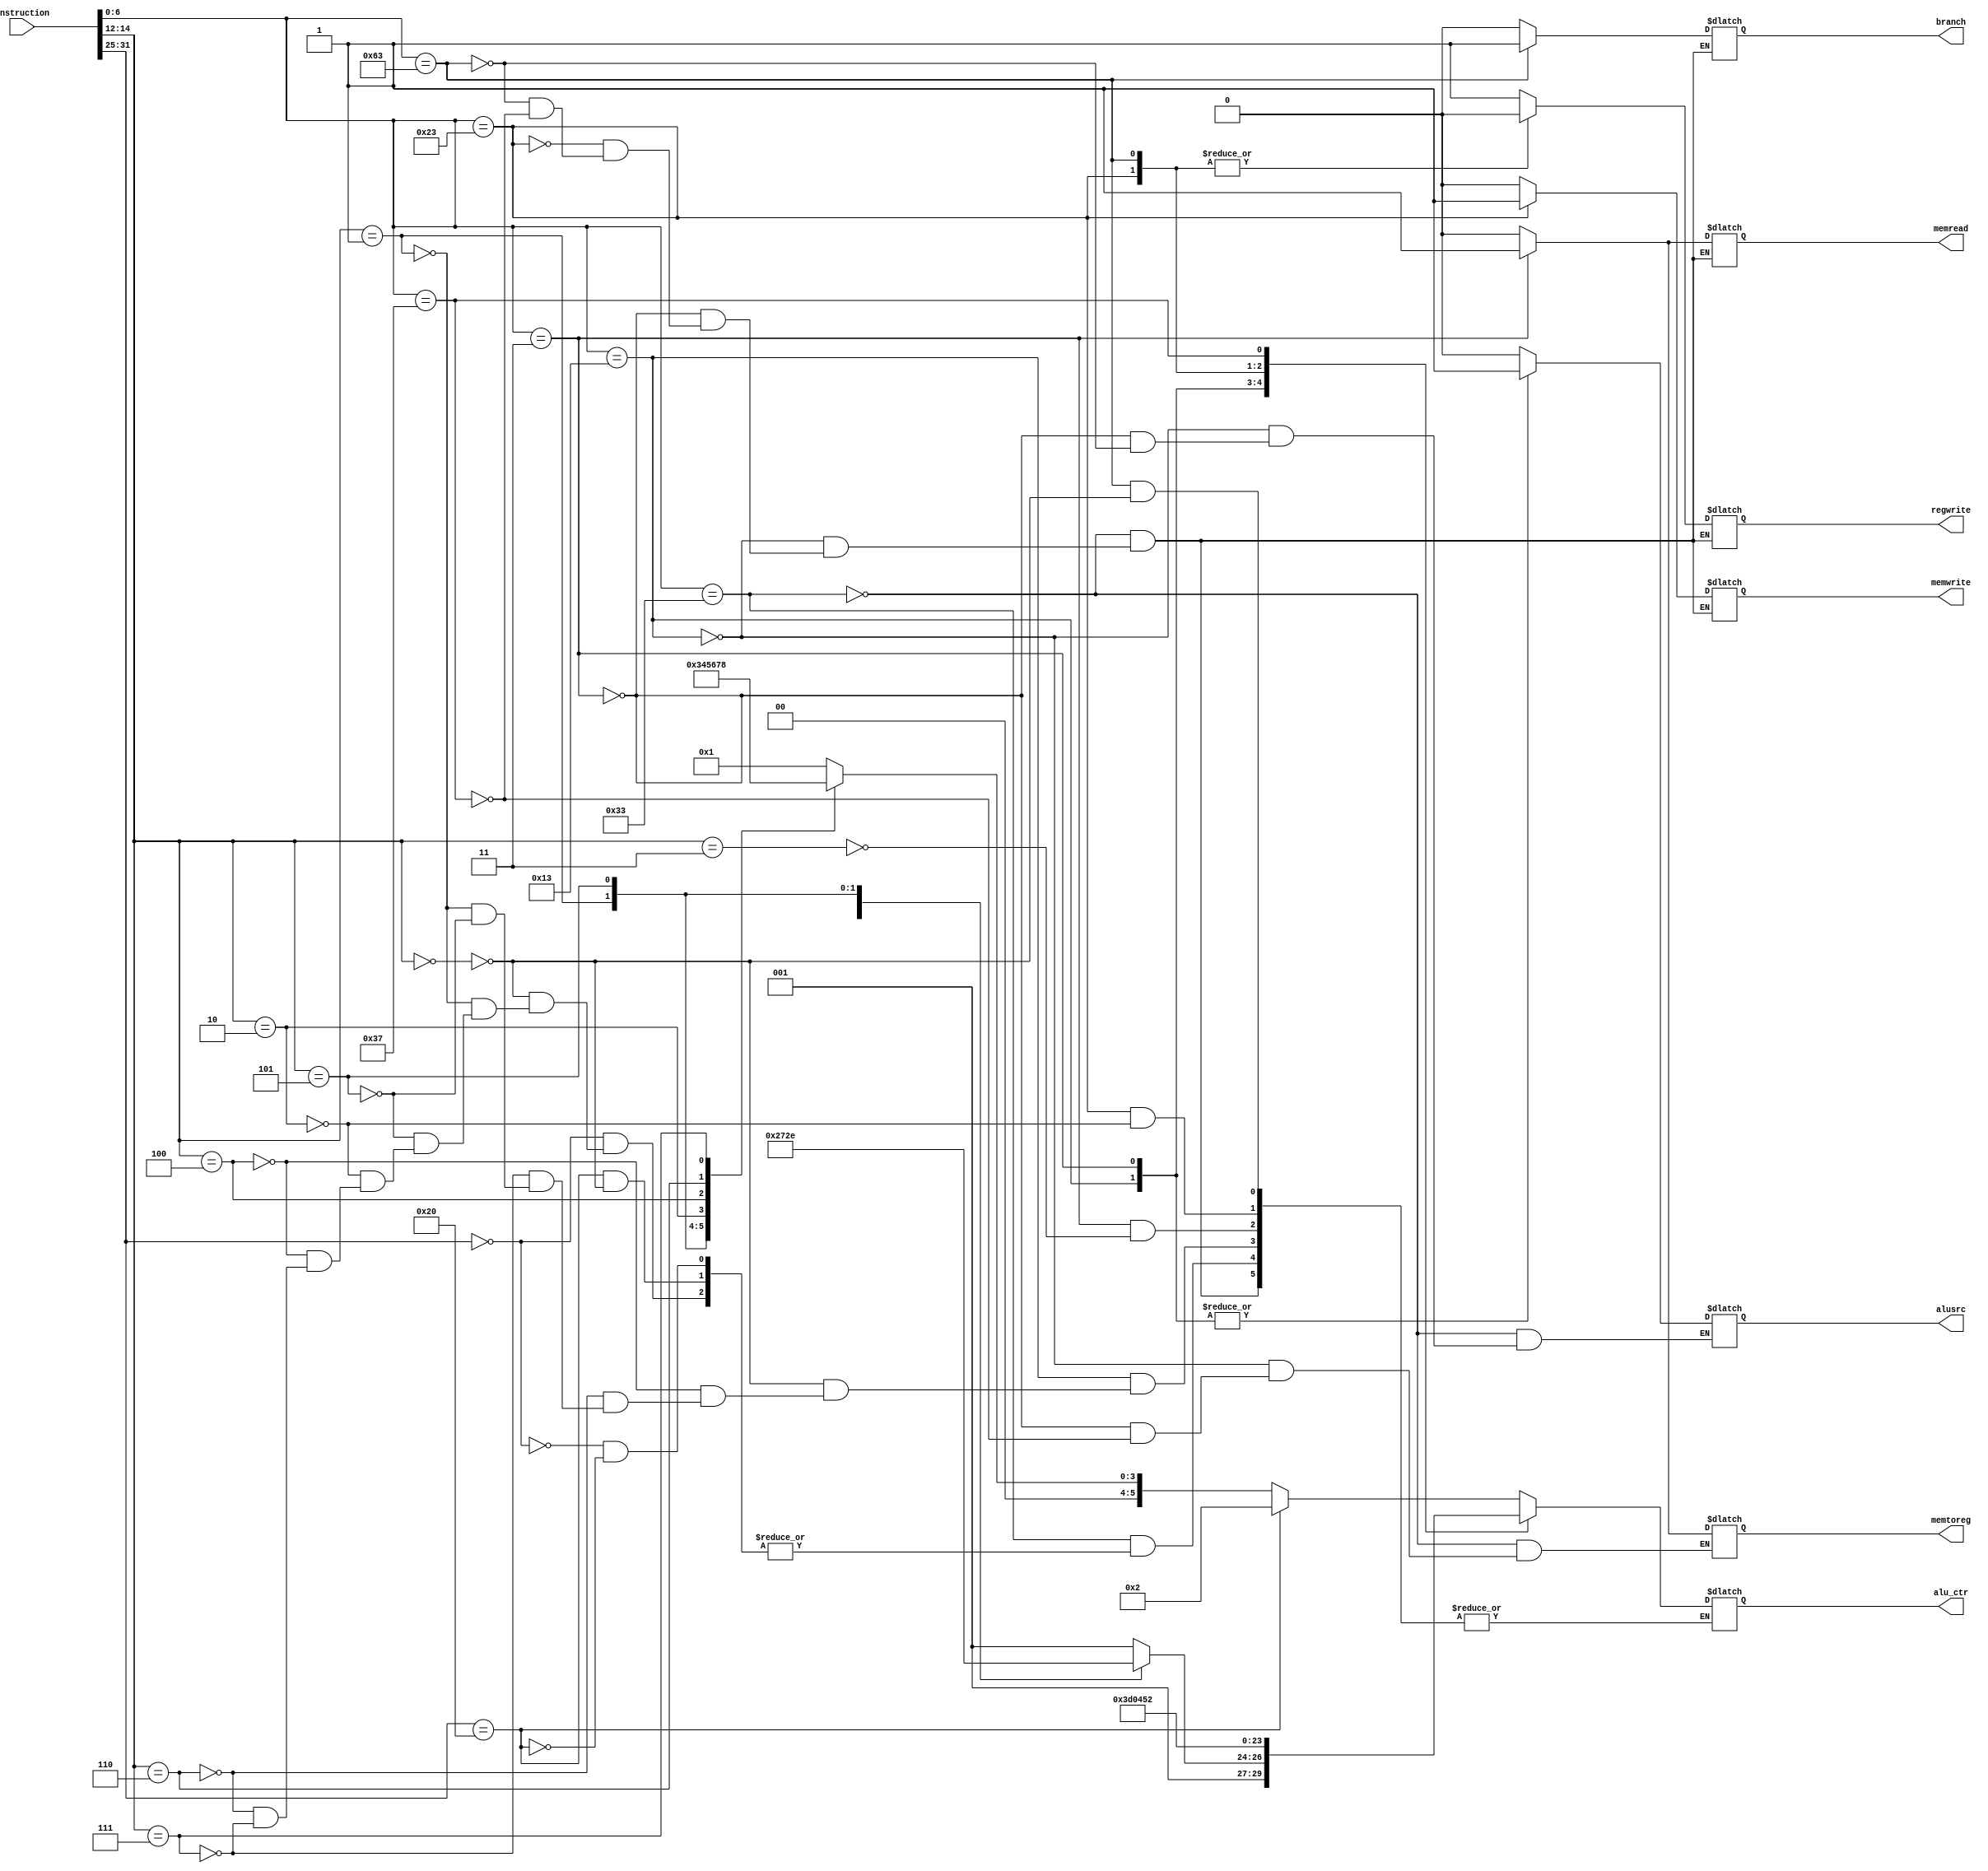
module decoder(
	input[31:0] instruction,
	output reg [5:0] alu_ctr,//alu
	output reg alusrc,
	output reg memwrite,
	output reg regwrite,
	output reg memtoreg,
	output reg branch,
	output reg memread
);

wire [6:0] opcode=instruction[6:0];
wire [2:0] f3=instruction[14:12];
wire [6:0] f7=instruction[31:25];

always@(*)
begin
	case(opcode)
		7'b0110011://R
		begin
			alusrc<=0;
			memtoreg<=0;
			regwrite<=1;
			memwrite<=0;
			branch<=0;
			memread<=0;
			case(f7)
				7'b0000000:
					case(f3)
						3'b000:alu_ctr<=1;//add
						3'b001:alu_ctr<=3;//sll
						3'b101:alu_ctr<=4;//srl
						3'b010:alu_ctr<=5;//slt
						3'b100:alu_ctr<=6;//xor
						3'b110:alu_ctr<=7;//or
						3'b111:alu_ctr<=8;//and
					endcase
				7'b0100000:
					case(f3)
						3'b000:alu_ctr<=2;//sub
					endcase
			endcase		
		end
		7'b0010011://I
			begin
				alusrc<=1;
				memtoreg<=0;
				regwrite<=1;
				memwrite<=0;
				branch<=0;
				memread<=0;
				case(f3)
					3'b000:alu_ctr<=9;//addi
					3'b100:alu_ctr<=10;//xori
					3'b110:alu_ctr<=11;//ori
					3'b111:alu_ctr<=12;//andi
					3'b001:alu_ctr<=13;//slli
					3'b101:alu_ctr<=14;//srli
				endcase
			end
		7'b0000011://I
			begin
				alusrc<=1;
				memtoreg<=1;
				regwrite<=1;
				memwrite<=0;
				branch<=0;
				memread<=1;
				case(f3)
					3'b011:alu_ctr<=15;//lw
				endcase
			end
		7'b0100011://S
			begin
				regwrite<=0;
				memwrite<=1;
				branch<=0;
				memread<=0;
				case(f3)
					3'b010:alu_ctr<=16;//sw
				endcase
			end
		7'b1100011://B
			begin
				alusrc<=0;
				regwrite<=0;
				memwrite<=0;
				branch<=1;
				memread<=0;	
				case(f3)
					3'b000:alu_ctr<=17;//beq
				endcase
			end
		7'b0110111://U
			begin
				memtoreg<=0;
				regwrite<=1;
				memwrite<=0;
				branch<=0;
				memread<=0;
				alu_ctr<=18;//lui
			end
	endcase
end




endmodule